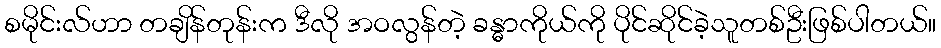
စမိုင်းလ်ဟာ တချိန်တုန်းက ဒီလို အဝလွန်တဲ့ ခန္ဓာကိုယ်ကို ပိုင်ဆိုင်ခဲ့သူတစ်ဦးဖြစ်ပါတယ်။